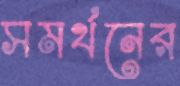
সমর্থনের